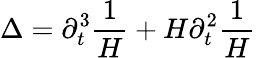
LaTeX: \Delta=\partial_{t}^{3}\frac{1}{H}+H\partial_{t}^{2}\frac{1}{H}